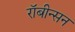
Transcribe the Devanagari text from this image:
रॉबीन्सन